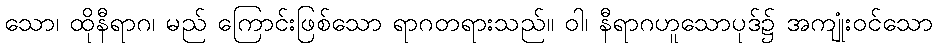
သော၊ ထိုနီရာဂ၊ မည် ကြောင်းဖြစ်သော ရာဂတရားသည်။ ဝါ၊ နီရာဂဟူသောပုဒ်၌ အကျုံးဝင်သော